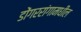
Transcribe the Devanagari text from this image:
डोंगररांगामधील